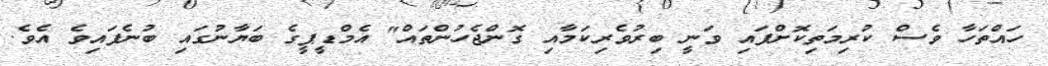
ހައްތަހާ ވެސް ކުރިމަތިކޮށްފައި ވަނީ ބިރުވެރިކަމާއި ގޮންޖެހުންތައް" އެމްޑީޕީގެ ބަޔާނުގައި ބުނެފައިވެ އެވެ.